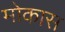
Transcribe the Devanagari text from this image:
मोकास